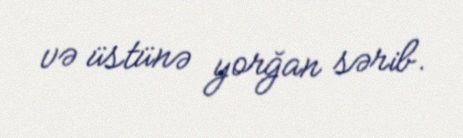
və üstünə yorğan sərib.